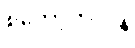
စကော့တလန်